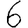
Digit: 6